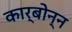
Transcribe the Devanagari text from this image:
कार्बोन्न